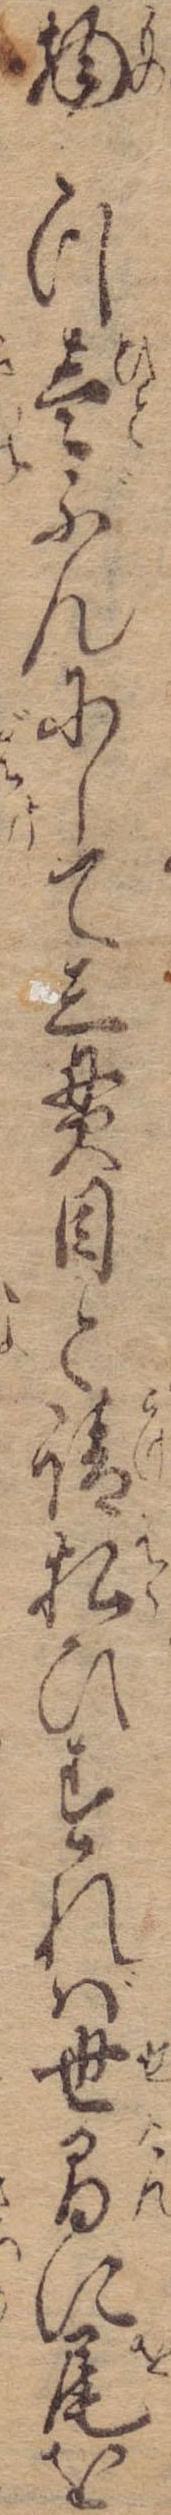
物つ壱ぶんにして三貫目と請払ひすれば世間に尾を